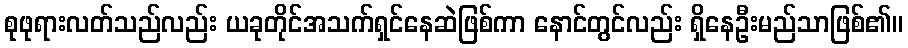
စုဖုရားလတ်သည်လည်း ယခုတိုင်အသက်ရှင်နေဆဲဖြစ်ကာ နောင်တွင်လည်း ရှိနေဦးမည်သာဖြစ်၏။